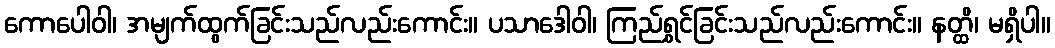
ကောပေါဝါ၊ အမျက်ထွက်ခြင်းသည်လည်းကောင်း။ ပသာဒေါဝါ၊ ကြည်ရွှင်ခြင်းသည်လည်းကောင်း။ နတ္ထိ၊ မရှိပါ။